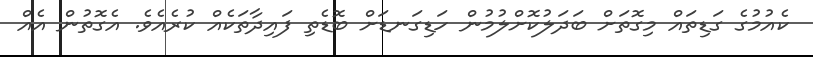
ކެއުމުގެ ގަޑިތައް މިގޮތަށް ބަދަލުކޮށްލުމުން ހަޑިގަނޑަށް ބޮޑެތި ފައިދާތަކެއް ކުރެއެވެ. އެގޮތުން އެއް